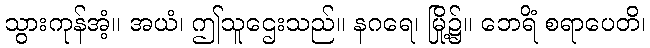
သွားကုန်အံ့။ အယံ၊ ဤသူဌေးသည်။ နဂရေ၊ မြို့၌။ ဘေရိံ စရာပေတိ၊